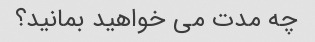
چه مدت می خواهید بمانید؟